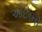
ઓછાની